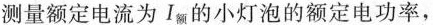
测量额定电流为Ⅰ_{额}的小灯泡的额定电功率，